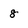
Character: 8